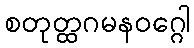
စတုတ္ထဂမနဝဂ္ဂေါ